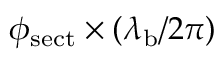
\phi _ { \mathrm { s e c t } } \times ( \lambda _ { \mathrm { b } } / 2 \pi )